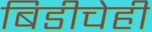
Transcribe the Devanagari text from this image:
बिडीचेही